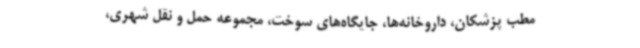
مطب پزشکان، داروخانه‌ها، جایگاه‌های سوخت، مجموعه حمل و نقل شهری،